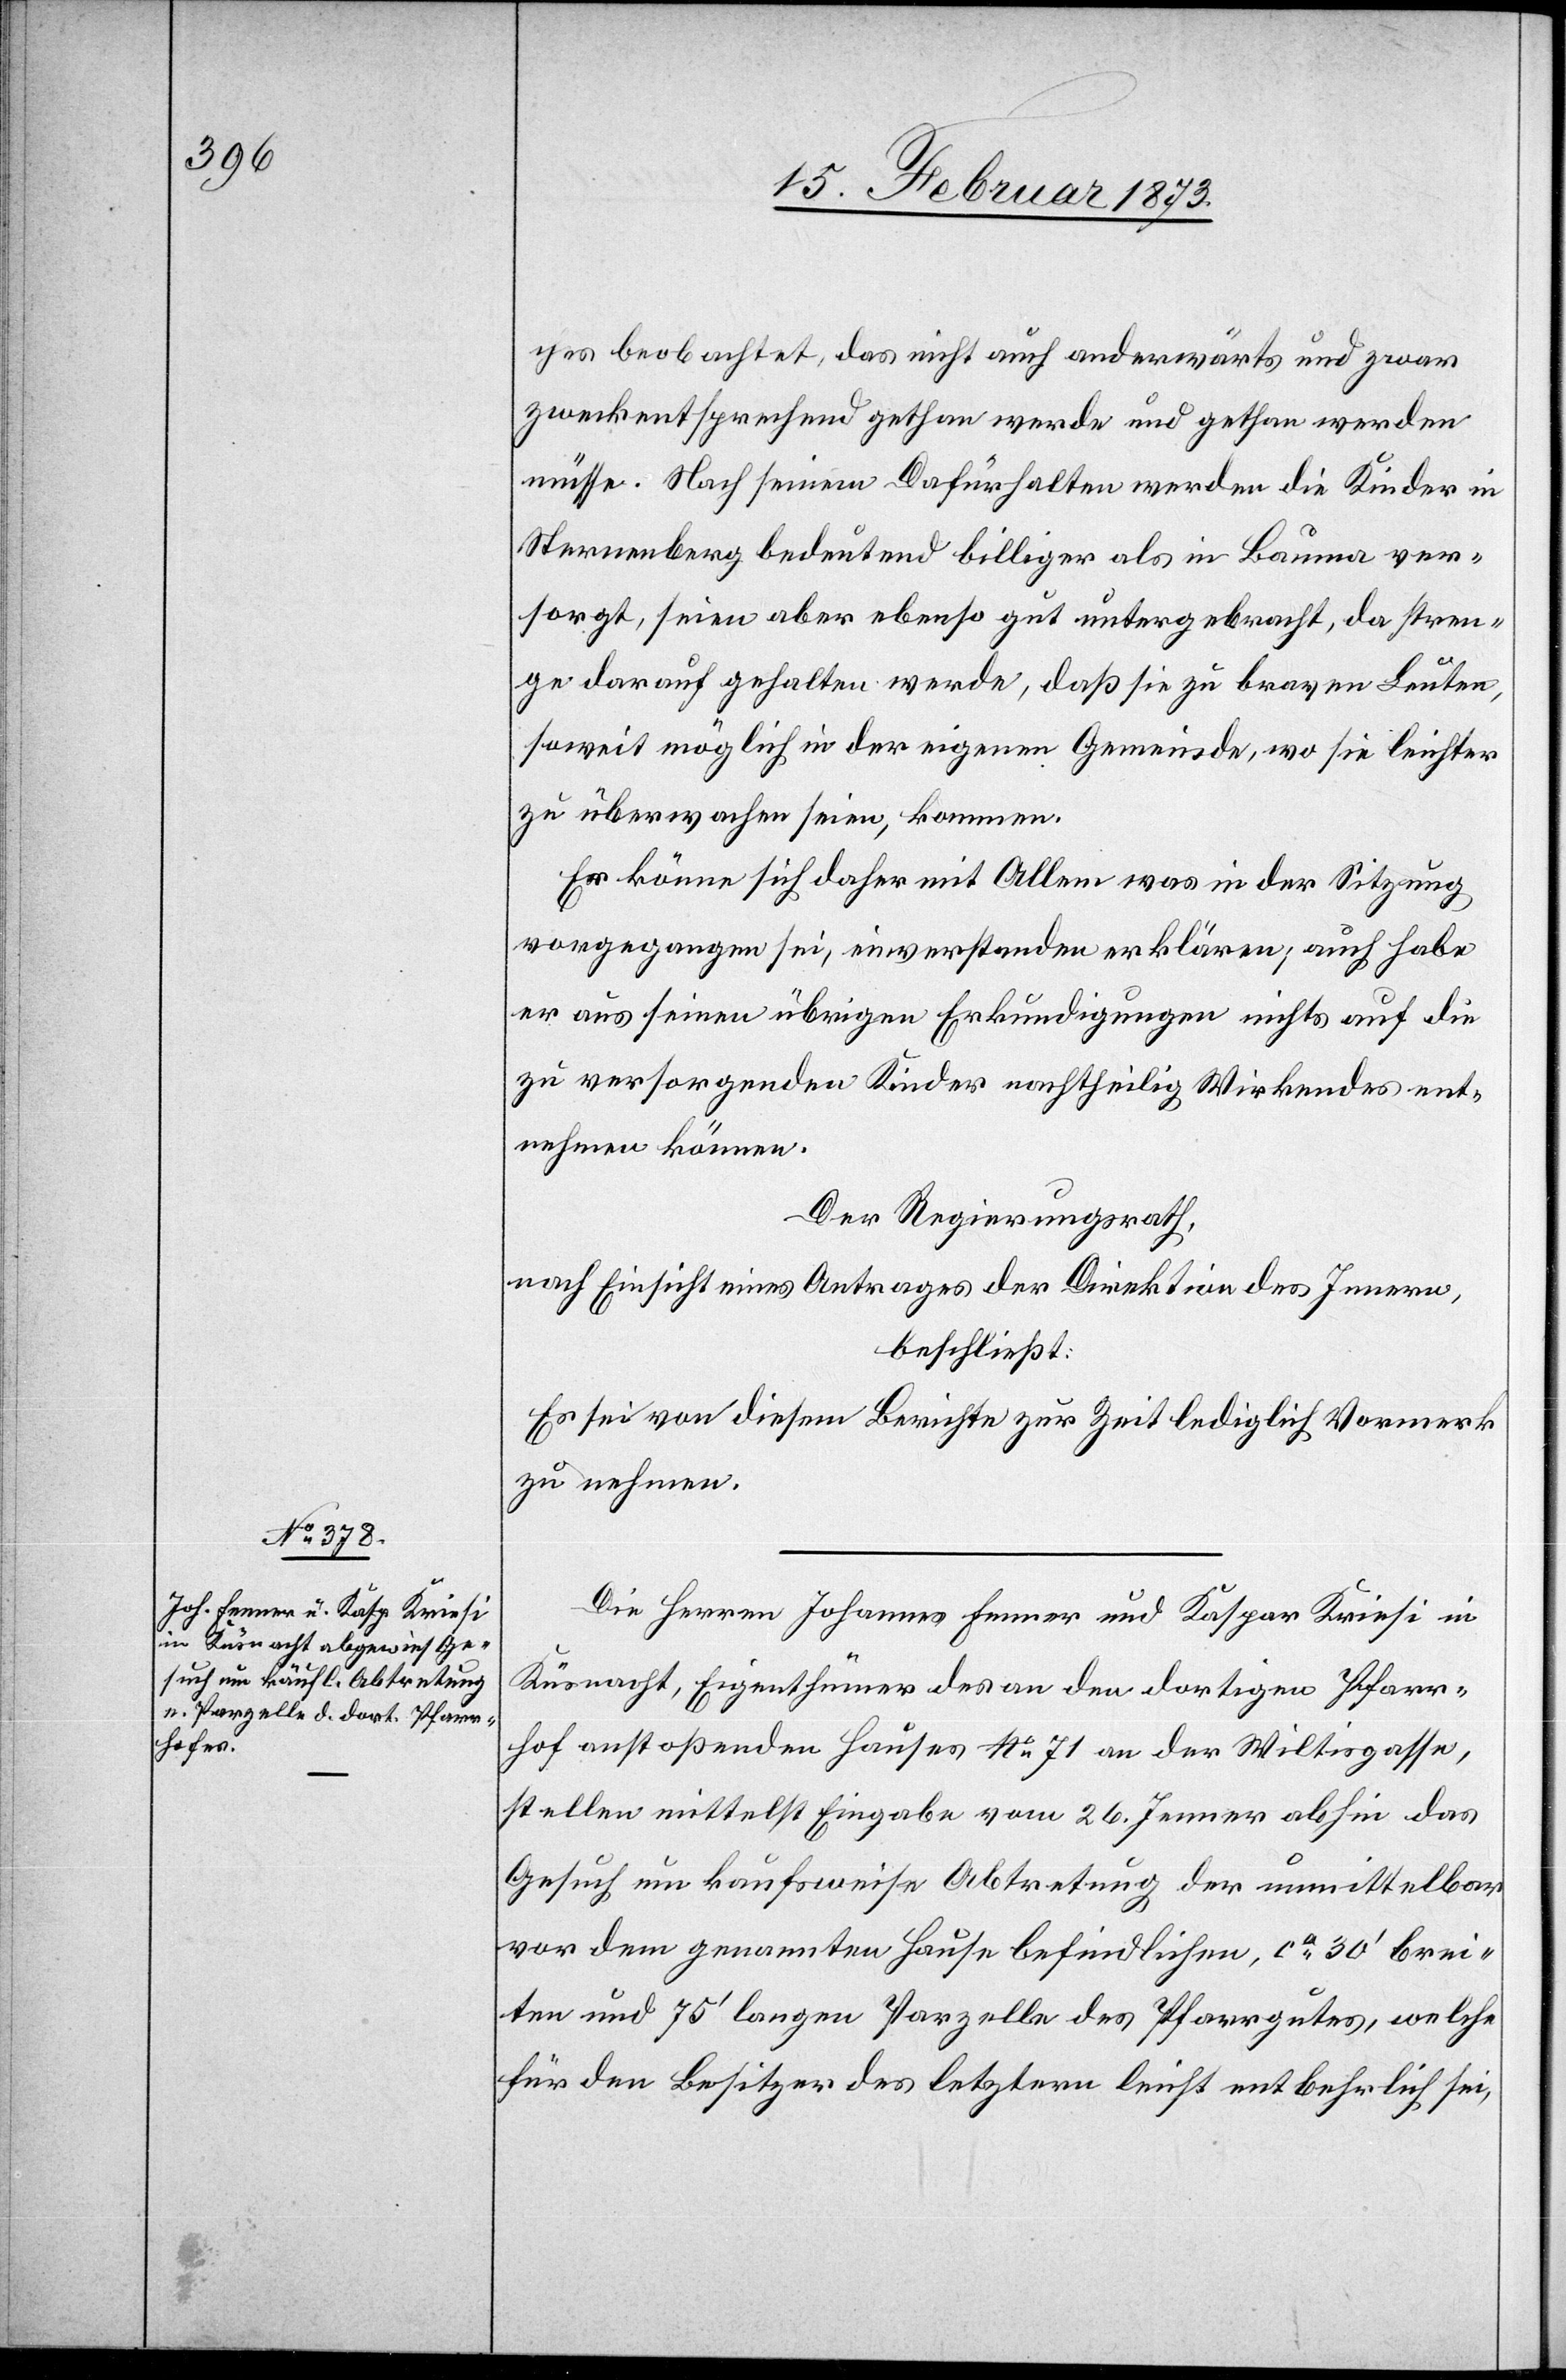
ches beobachtet, das nicht auch anderwärts und zwar
zweckentsprechend gethan werde und gethan werden
müsse. Nach seinem Dafürhalten werden die Kinder in
Sternenberg bedeutend billiger als in Bauma ver¬
sorgt, seien aber ebenso gut untergebracht, da stren¬
ge darauf gehalten werde, daß sie zu braven Leuten,
soweit möglich in der eigenen Gemeinde, wo sie leichter
zu überwachen seien, kommen.
Er könne sich daher mit Allem[,] was in der Sitzung
vorgegangen sei, einverstanden erklären, auch habe
er aus seinen übrigen Erkundigungen nichts auf die
zu versorgenden Kinder nachtheilig Wirkendes ent¬
nehmen können.
Der Regierungsrath,
nach Einsicht eines Antrages der Direktion des Innern,
beschließt:
Es sei von diesem Berichte zur Zeit lediglich Vormerk
zu nehmen.
Die Herren Johannes Fenner und Kaspar Kriesi in
Küsnacht, Eigenthümer des an den dortigen Pfarr¬
hof anstoßenden Hauses No. 71 an der Wiltisgasse,
stellen mittelst Eingabe vom 26. Jenner abhin das
Gesuch um kaufsweise Abtretung der unmittelbar
vor dem genannten Hause befindlichen, ca 30’ brei¬
ten und 75’ langen Parzelle des Pfarrgutes, welche
für den Besitzer des letztern leicht entbehrlich sei,